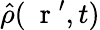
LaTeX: \hat{\rho}(\mathrm{~\mathbf~r~}^{\prime},t)